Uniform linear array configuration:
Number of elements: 24
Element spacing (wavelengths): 0.5
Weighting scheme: binomial
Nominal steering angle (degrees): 0
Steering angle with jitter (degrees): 0.2807
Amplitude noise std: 0.05
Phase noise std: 0.05

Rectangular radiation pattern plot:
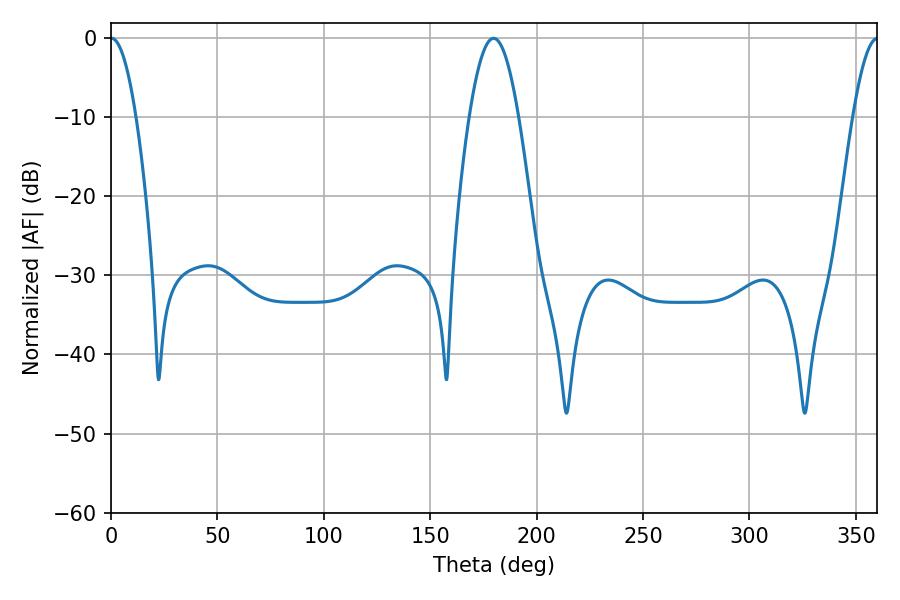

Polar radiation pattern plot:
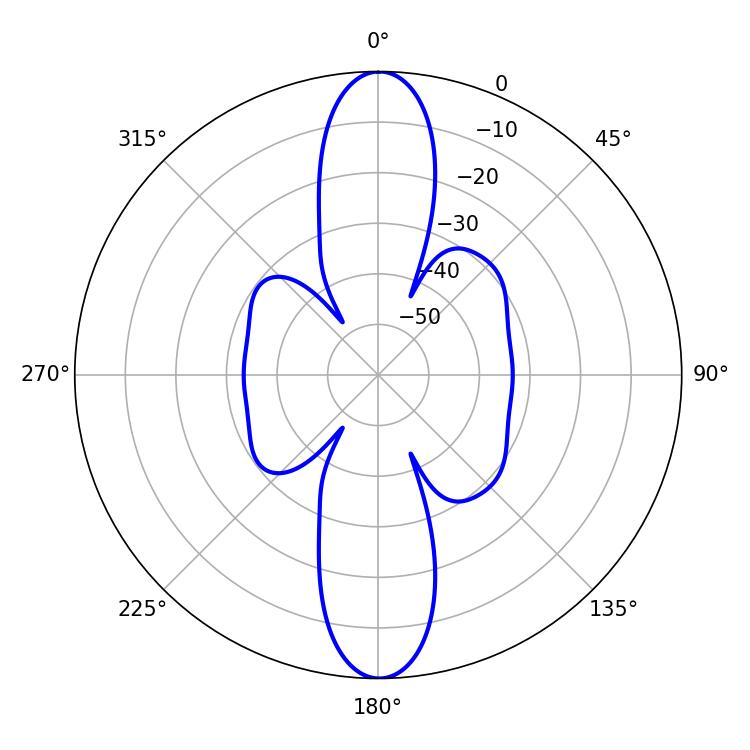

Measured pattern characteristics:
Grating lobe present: FALSE
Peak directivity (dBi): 31.385
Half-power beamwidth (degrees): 6.48
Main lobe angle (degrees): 0.18